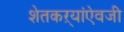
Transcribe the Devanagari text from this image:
शेतकऱ्यांऐवजी